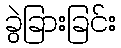
ခွဲခြားခြင်း